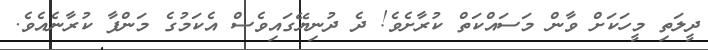
ދީލަތި މީހަކަށް ވާން މަސައްކަތް ކުރާށެވެ! ދެ ދުނިޔޭގައިވެސް އެކަމުގެ މަންފާ ކުރާނެއެވެ.